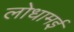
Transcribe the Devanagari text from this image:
लोधामई